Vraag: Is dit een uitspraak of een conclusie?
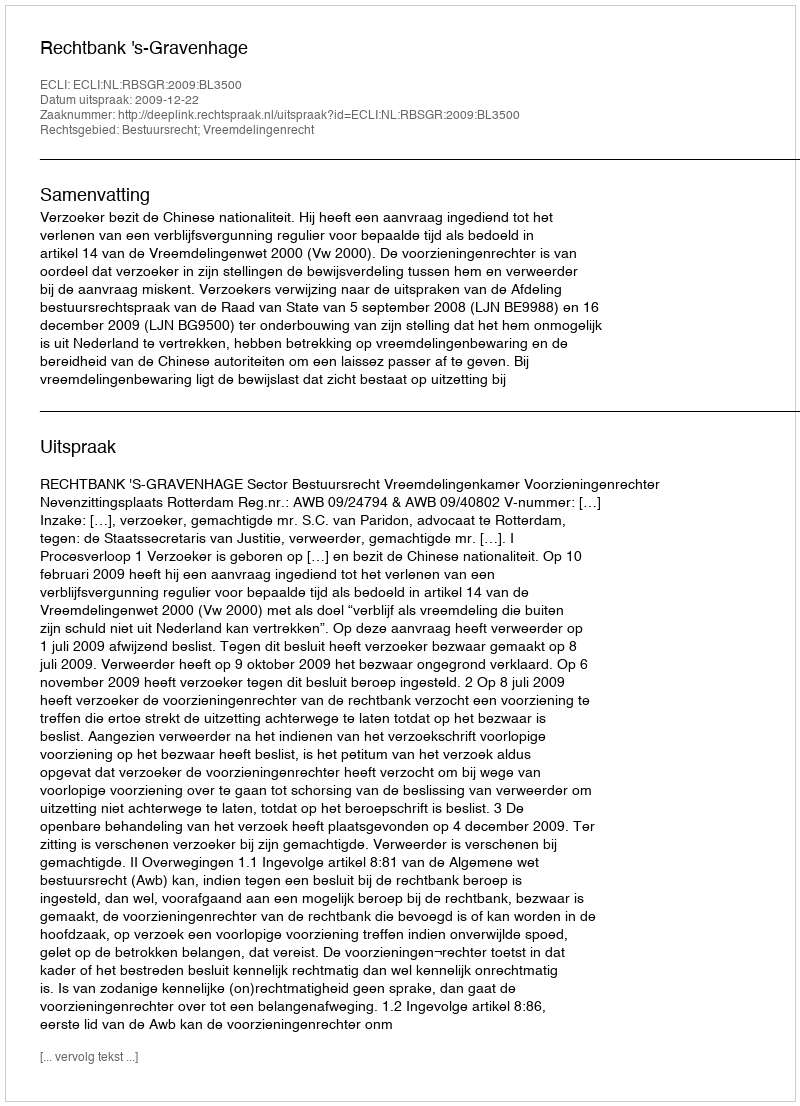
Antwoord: Uitspraak